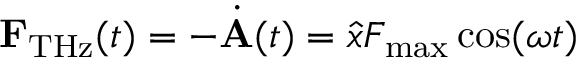
{ \bf F } _ { \mathrm { T H z } } ( t ) = - \dot { \bf A } ( t ) = \hat { x } F _ { \mathrm { m a x } } \cos ( \omega t )